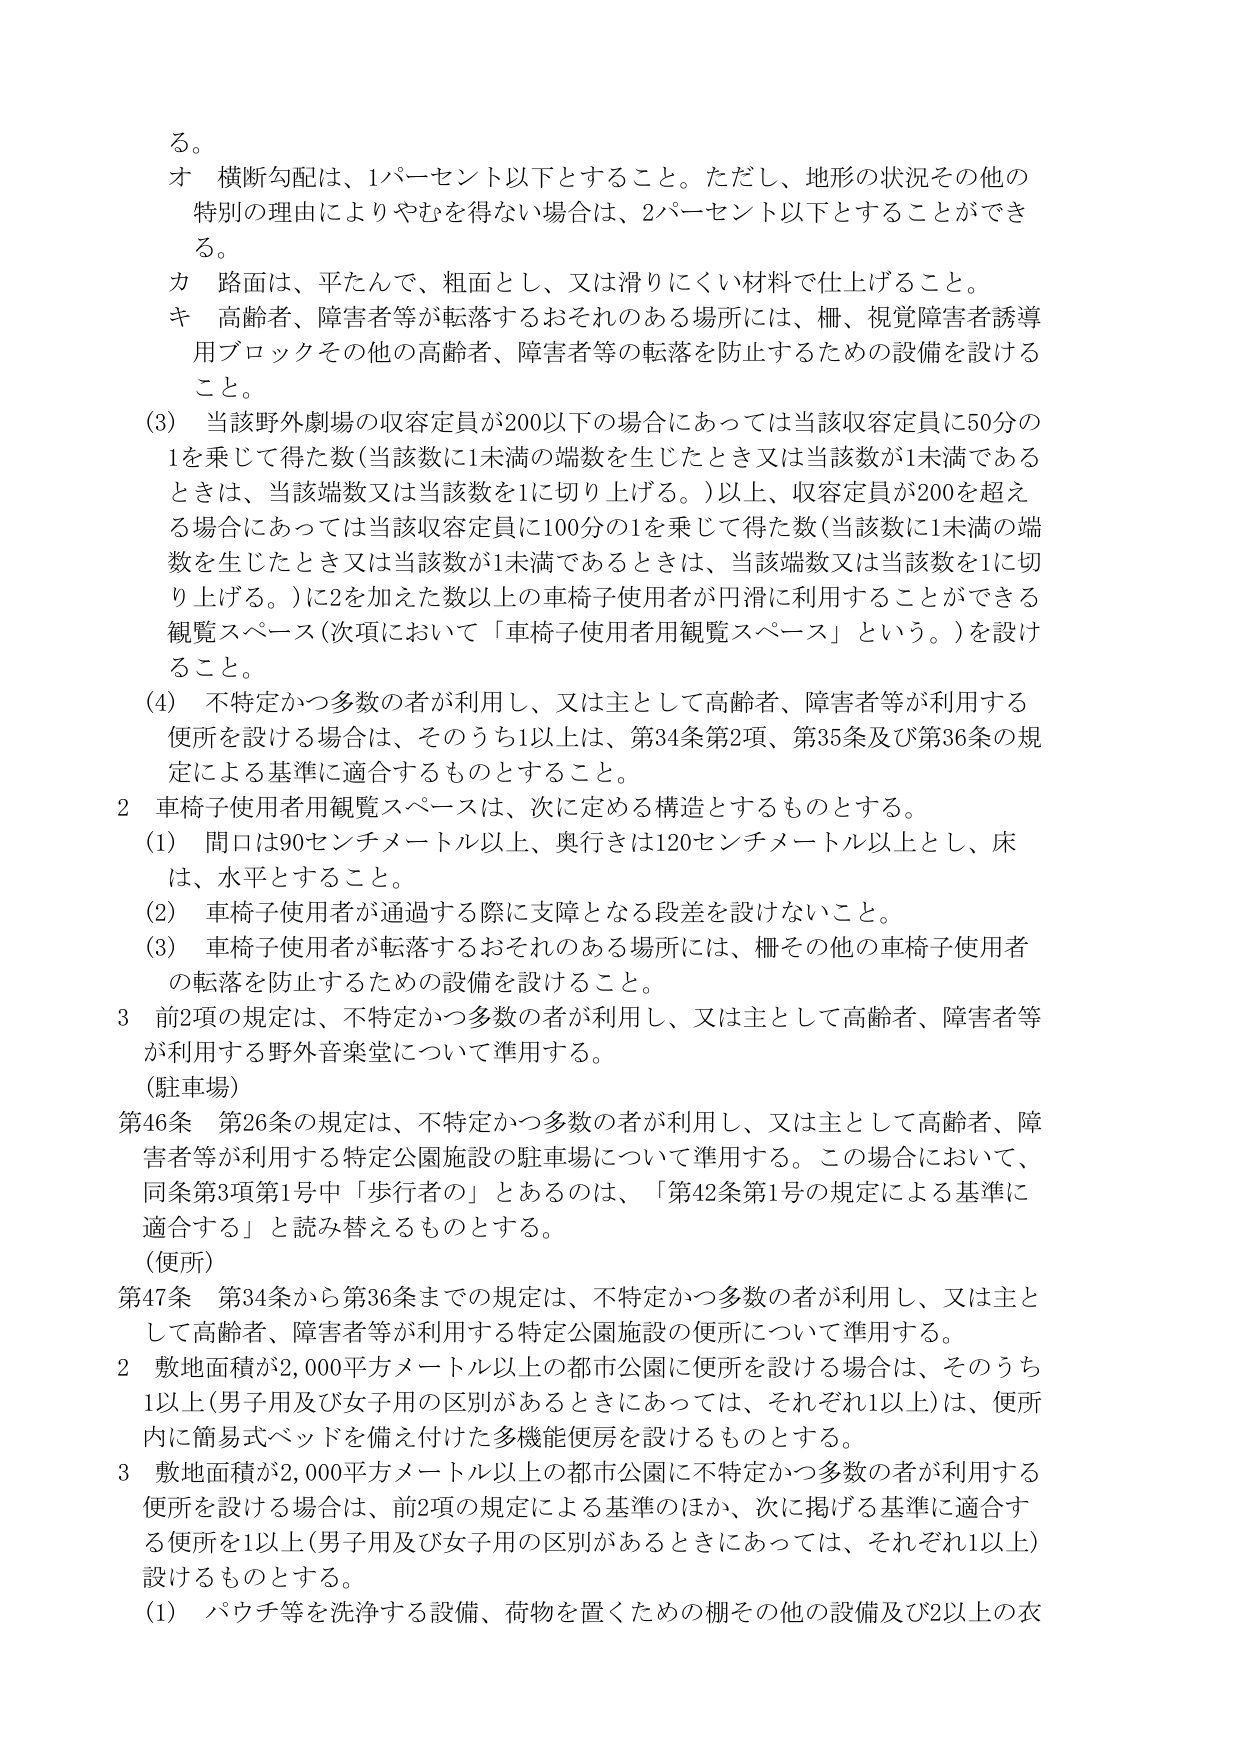
る。

オ 横断勾配は、1パーセント以下とすること。ただし、地形の状況その他の特別の理由によりやむを得ない場合は、2パーセント以下とすることができる。

カ 路面は、平たんで、粗面とし、又は滑りにくい材料で仕上げること。

キ 高齢者、障害者等が転落するおそれのある場所には、柵、視覚障害者誘導用ブロックその他の高齢者、障害者等の転落を防止するための設備を設けること。

(3) 当該野外劇場の収容定員が200以下の場合にあっては当該収容定員に50分の1を乗じて得た数（当該数に1未満の端数を生じたとき又は当該数が1未満であるときは、当該端数又は当該数を1に切り上げる。）以上、収容定員が200を超える場合にあっては当該収容定員に100分の1を乗じて得た数（当該数に1未満の端数を生じたとき又は当該数が1未満であるときは、当該端数又は当該数を1に切り上げる。）に2を加えた数以上の車椅子使用者が円滑に利用することができる観覧スペース（次項において「車椅子使用者用観覧スペース」という。）を設けること。

(4) 不特定かつ多数の者が利用し、又は主として高齢者、障害者等が利用する便所を設ける場合は、そのうち1以上は、第34条第2項、第35条及び第36条の規定による基準に適合するものとすること。

2 車椅子使用者用観覧スペースは、次に定める構造とするものとする。

(1) 間口は90センチメートル以上、奥行きは120センチメートル以上とし、床は、水平とすること。

(2) 車椅子使用者が通過する際に支障となる段差を設けないこと。

(3) 車椅子使用者が転落するおそれのある場所には、柵その他の車椅子使用者の転落を防止するための設備を設けること。

3 前2項の規定は、不特定かつ多数の者が利用し、又は主として高齢者、障害者等が利用する野外音楽堂について準用する。

（駐車場）

第46条 第26条の規定は、不特定かつ多数の者が利用し、又は主として高齢者、障害者等が利用する特定公園施設の駐車場について準用する。この場合において、同条第3項第1号中「歩行者の」とあるのは、「第42条第1号の規定による基準に適合する」と読み替えるものとする。

（便所）

第47条 第34条から第36条までの規定は、不特定かつ多数の者が利用し、又は主として高齢者、障害者等が利用する特定公園施設の便所について準用する。

2 敷地面積が2,000平方メートル以上の都市公園に便所を設ける場合は、そのうち1以上（男子用及び女子用の区別があるときについては、それぞれ1以上）は、便所内に簡易式ベッドを備え付けた多機能便房を設けるものとする。

3 敷地面積が2,000平方メートル以上の都市公園に不特定かつ多数の者が利用する便所を設ける場合は、前2項の規定による基準のほか、次に掲げる基準に適合する便所を1以上（男子用及び女子用の区別があるときについては、それぞれ1以上）設けるものとする。

(1) パウチ等を洗浄する設備、荷物を置くための棚その他の設備及び2以上の衣